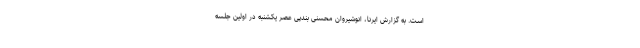
است. به گزارش ایرنا، انوشیروان محسنی بندپی عصر یکشنبه در اولین جلسه